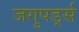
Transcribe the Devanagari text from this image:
जगुपर्ड्स